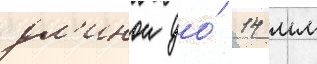
дл'инои до́ 14 мм